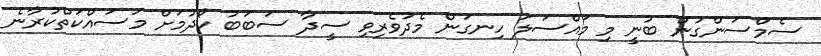
ސެމްސަންގުން ބުނީ މި މައްސަލަ ހިނގަން މެދުވެރިވި ސީދާ ސަބަބު ހޯދުމަށް މަސައްކަތްކުރާނެ